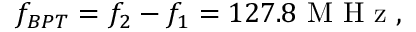
f _ { B P T } = f _ { 2 } - f _ { 1 } = 1 2 7 . 8 \mathrm { ~ M ~ H ~ z ~ } ,